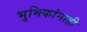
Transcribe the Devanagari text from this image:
भुमिकांनाही